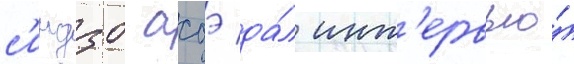
с'индзо абэ да́л инт'ервью́